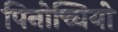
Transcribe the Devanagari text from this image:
पिनोच्चियो